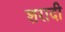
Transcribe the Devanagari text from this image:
शरादी